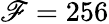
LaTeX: \mathscr{F}=256